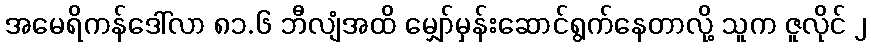
အမေရိကန်ဒေါ်လာ ၈၁.၆ ဘီလျံအထိ မျှော်မှန်းဆောင်ရွက်နေတာလို့ သူက ဇူလိုင် ၂